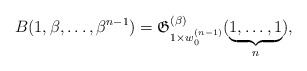
\begin{gather*}B(1,\beta,\ldots,\beta^{n-1})= \mathfrak{G}_{1 \times w_{0}^{(n-1)}}^{(\beta)}(\underbrace{1,\ldots,1}_{n}),\end{gather*}